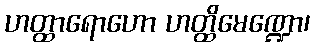
ဟတ္ထာရောဟော ဟတ္ထိမေဏ္ဍော၊